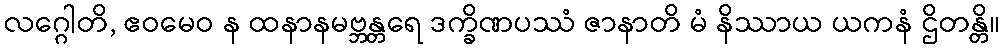
လဂ္ဂေါတိ, ဧဝမေဝ န ထနာနမဗ္ဘန္တရေ ဒက္ခိဏပဿံ ဇာနာတိ မံ နိဿာယ ယကနံ ဌိတန္တိ။